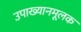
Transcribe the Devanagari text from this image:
उपाख्यानमूलक